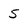
Character: 5